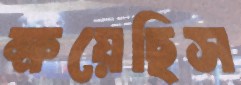
ক্ষয়েছিস